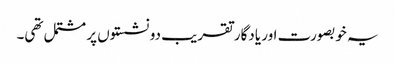
یہ خوبصورت اور یادگار تقریب دو نشستوں پر مشتمل تھی۔